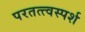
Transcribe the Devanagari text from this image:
परतत्त्वस्पर्श